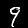
Label: 9